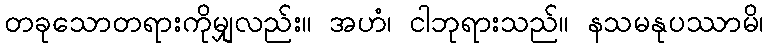
တခုသောတရားကိုမျှလည်း။ အဟံ၊ ငါဘုရားသည်။ နသမနုပဿာမိ၊